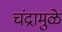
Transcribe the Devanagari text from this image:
चंद्रामुळे